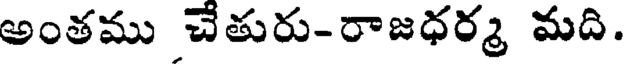
అంతము చేతురు-రాజధర్మ మది.